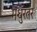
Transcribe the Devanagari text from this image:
मधुरतर